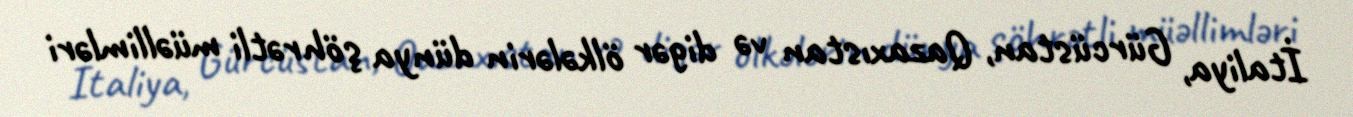
İtaliya, Gürcüstan, Qazaxıstan və digər ölkələrin dünya şöhrətli müəllimləri